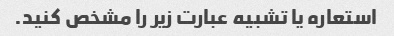
استعاره یا تشبیه عبارت زیر را مشخص کنید.